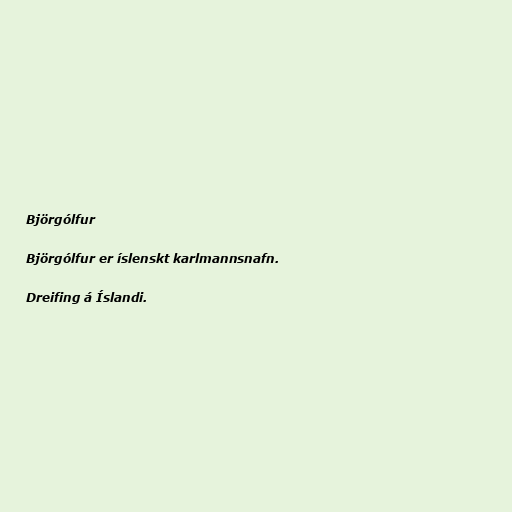
Björgólfur

Björgólfur er íslenskt karlmannsnafn.

Dreifing á Íslandi.